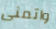
واتمنى